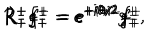
LaTeX: R _ { - } ^ { + } f _ { - } ^ { + } = e ^ { + i \theta / 2 } f _ { - } ^ { + } \hspace { 0 . 5 c m } R _ { + } ^ { - } f _ { + } ^ { - } = e ^ { + i \theta / 2 } f _ { + } ^ { - } \hspace { 0 . 5 c m } R _ { - } ^ { + } g _ { - } ^ { + } = e ^ { + i \theta / 2 } g _ { - } ^ { + } \hspace { 0 . 5 c m } R _ { + } ^ { - } g _ { + } ^ { - } = e ^ { + i \theta / 2 } g _ { + } ^ { - } ,